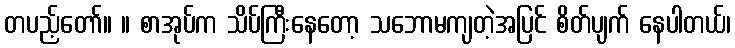
တပည့်တော်။ ။ စာအုပ်က သိပ်ကြီးနေတော့ သဘောမကျတဲ့အပြင် စိတ်ပျက် နေပါတယ်၊